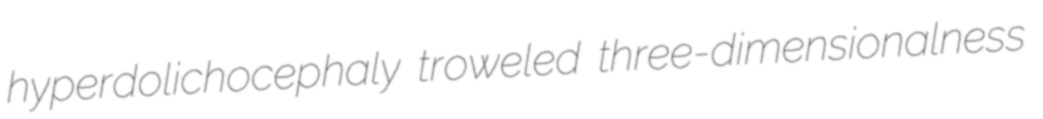
hyperdolichocephaly troweled three-dimensionalness